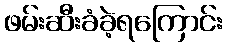
ဖမ်းဆီးခံခဲ့ရကြောင်း